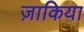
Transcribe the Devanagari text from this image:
ज़ाकिया